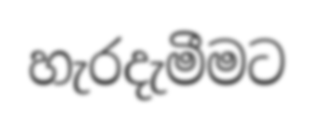
හැරදැමීමට